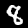
Label: 8